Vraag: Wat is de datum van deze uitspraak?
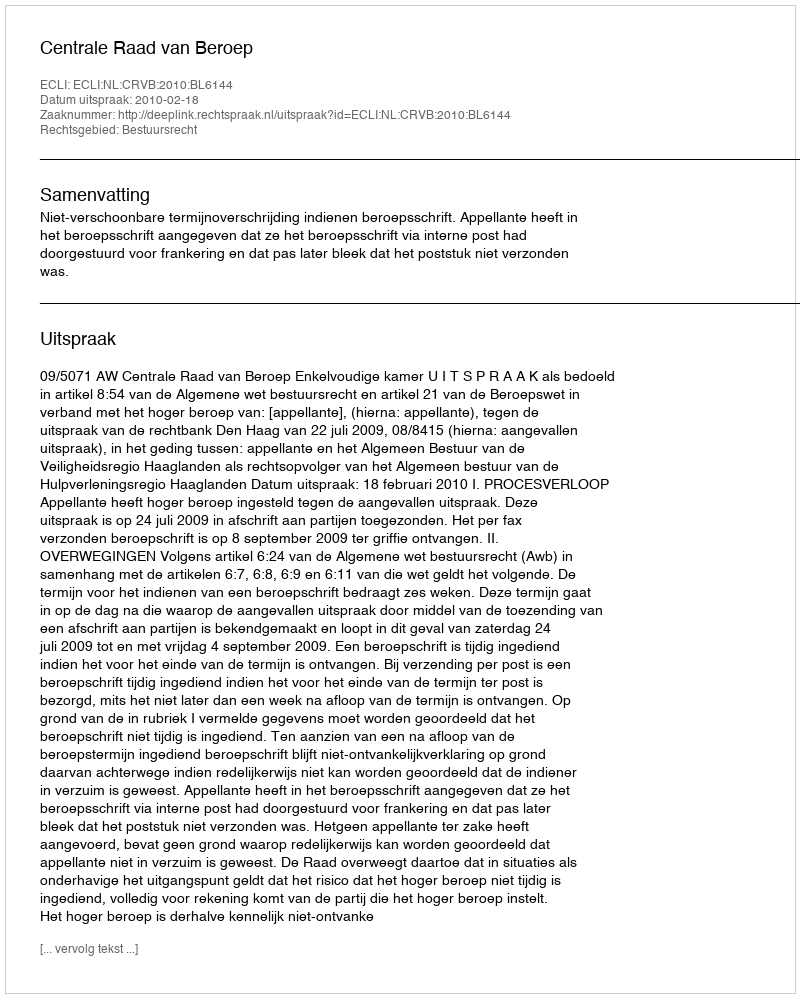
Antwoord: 2010-02-18